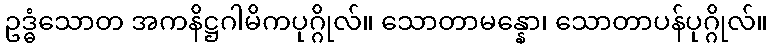
ဥဒ္ဓံသောတ အကနိဋ္ဌဂါမိကပုဂ္ဂိုလ်။ သောတာမန္နော၊ သောတာပန်ပုဂ္ဂိုလ်။